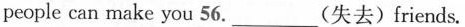
people can make you 56. ___ (失去)friends.